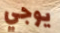
يوجي